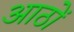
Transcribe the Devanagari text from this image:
आठोँ